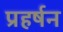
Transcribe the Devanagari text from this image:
प्रहर्षन